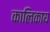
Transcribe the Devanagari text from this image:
कालिकाय